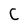
Character: C